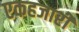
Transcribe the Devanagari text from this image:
एकहजारी